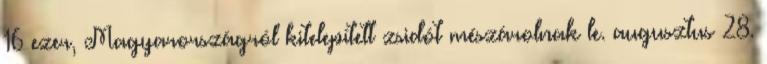
16 ezer, Magyarországról kitelepített zsidót mészárolnak le. augusztus 28.